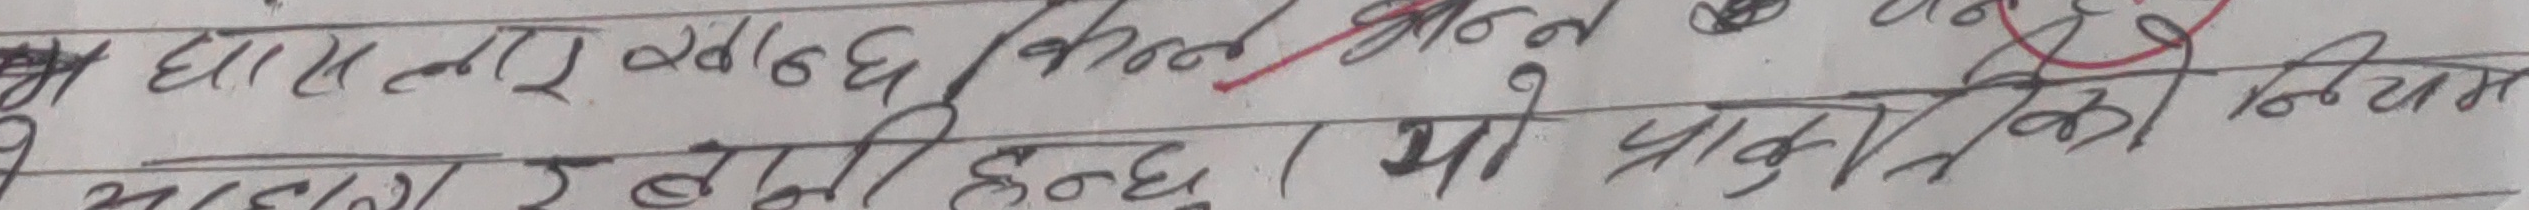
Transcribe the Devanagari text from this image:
म धाम लार खाच्छु किन नहुने
आफ्नो इक्षाको हुन्छ यो प्राकृतिक नियम